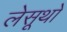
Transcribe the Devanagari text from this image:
लेसूथो